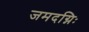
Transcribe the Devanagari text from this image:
जमदग्निः